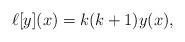
LaTeX: \begin{align*}\ell[y](x)=k(k+1)y(x),\end{align*}